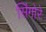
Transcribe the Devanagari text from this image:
सिंगोरे